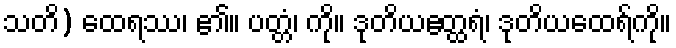
သတိ) ထေရဿ၊ ၏။ ပတ္တံ၊ ကို။ ဒုတိယဧတ္ထရံ၊ ဒုတိယထေရ်ကို။